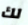
لك